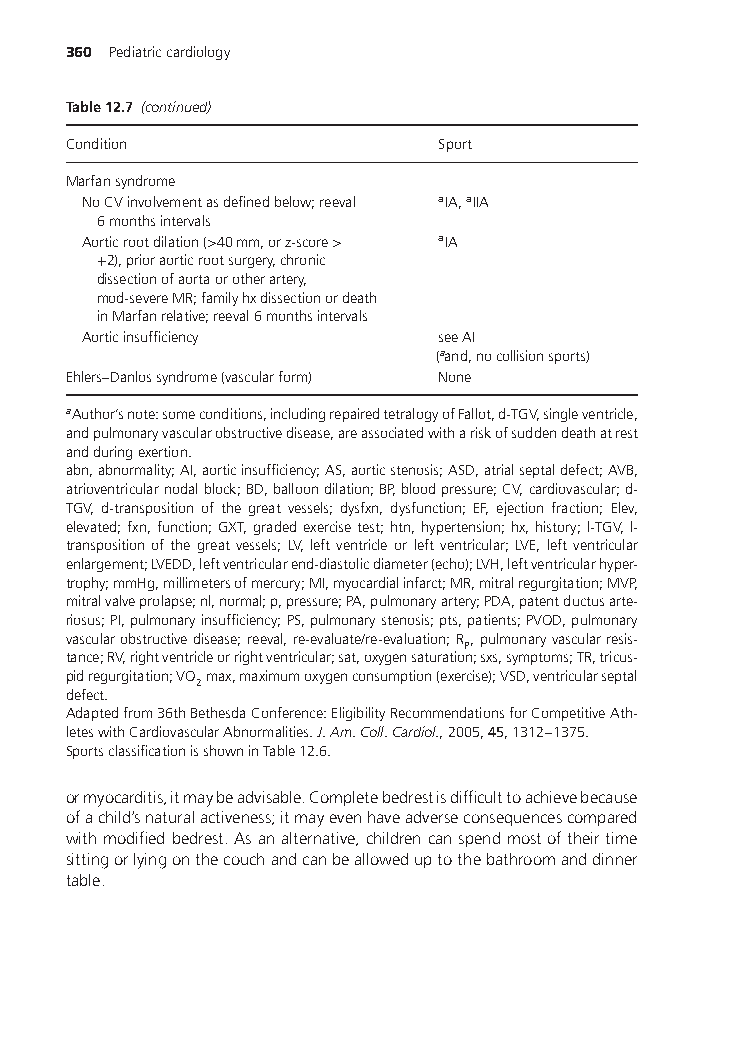
360 Pediatriccardiology
 Table12.7 (continued)
 Condition               Sport
 Marfansyndrome
 NoCVinvolvementasdefinedbelow;reeval aIA,aIIA
 6monthsintervals
 Aorticrootdilation(>40mm,orz-score> aIA
 +2),prioraorticrootsurgery,chronic
 dissectionofaortaorotherartery,
 mod-severeMR;familyhxdissectionordeath
 inMarfanrelative;reeval6monthsintervals
 Aorticinsufficiency    seeAI
 (aand,nocollisionsports)
 Ehlers–Danlossyndrome(vascularform) None
 aAuthor’snote:someconditions,includingrepairedtetralogyofFallot,d-TGV,singleventricle,
 andpulmonaryvascularobstructivedisease,areassociatedwithariskofsuddendeathatrest
 andduringexertion.
 abn,abnormality;AI,aorticinsufficiency;AS,aorticstenosis;ASD,atrialseptaldefect;AVB,
 atrioventricularnodalblock;BD,balloondilation;BP,bloodpressure;CV,cardiovascular;d-
 TGV, d-transposition of the great vessels; dysfxn, dysfunction; EF, ejection fraction; Elev,
 elevated;fxn,function;GXT,gradedexercisetest;htn,hypertension;hx,history;l-TGV,l-
 transposition of the great vessels; LV, left ventricle or left ventricular; LVE, left ventricular
 enlargement;LVEDD,leftventricularend-diastolicdiameter(echo);LVH,leftventricularhyper-
 trophy;mmHg,millimetersofmercury;MI,myocardialinfarct;MR,mitralregurgitation;MVP,
 mitralvalveprolapse;nl,normal;p,pressure;PA,pulmonaryartery;PDA,patentductusarte-
 riosus;PI,pulmonaryinsufficiency;PS,pulmonarystenosis;pts,patients;PVOD,pulmonary
 vascularobstructivedisease;reeval,re-evaluate/re-evaluation;R,pulmonaryvascularresis-
 P
 tance;RV,rightventricleorrightventricular;sat,oxygensaturation;sxs,symptoms;TR,tricus-
 pidregurgitation;VO max,maximumoxygenconsumption(exercise);VSD,ventricularseptal
 2
 defect.
 Adaptedfrom36thBethesdaConference:EligibilityRecommendationsforCompetitiveAth-
 leteswithCardiovascularAbnormalities.J.Am.Coll.Cardiol.,2005,45,1312–1375.
 SportsclassificationisshowninTable12.6.
 ormyocarditis,itmaybeadvisable.Completebedrestisdifficulttoachievebecause
 ofachild’snaturalactiveness;itmayevenhaveadverseconsequencescompared
 withmodifiedbedrest.Asanalternative,childrencanspendmostoftheirtime
 sittingorlyingonthecouchandcanbealloweduptothebathroomanddinner
 table.